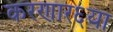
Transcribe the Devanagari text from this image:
करणार६या